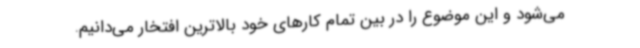
می‌شود و این موضوع را در بین تمام کارهای خود بالاترین افتخار می‌دانیم.